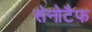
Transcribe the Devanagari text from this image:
सेनोटैफ